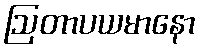
ဩတာပယမာနော